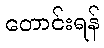
တောင်းရန်